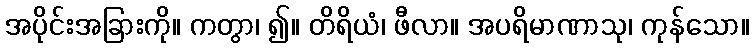
အပိုင်းအခြားကို။ ကတွာ၊ ၍။ တိရိယံ၊ ဖီလာ။ အပရိမာဏာသု၊ ကုန်သော။